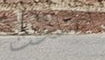
اصلحت